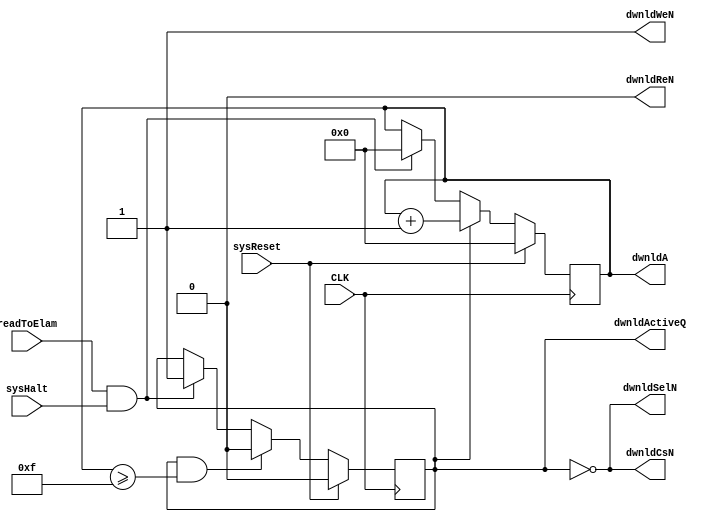
///////////////////////////////////////////////////////////////////
// Copyright (c) 2005, Cisco Systems, Inc.                         
// All Rights Reserved.                                            
//                                                                 
// This is UNPUBLISHED PROPRIETARY SOURCE CODE of Cisco Systems, Inc;
// the contents of this file may not be disclosed to third parties, copied or
// duplicated in any form, in whole or in part, without the prior written
// permission of Cisco Systems, Inc.                               
//                                                                 
// RESTRICTED RIGHTS LEGEND:                                       
// Use, duplication or disclosure by the Government is subject to restrictions
// as set forth in subdivision (c)(1)(ii) of the Rights in Technical Data
// and Computer Software clause at DFARS 252.227-7013, and/or in similar or
// successor clauses in the FAR, DOD or NASA FAR Supplement. Unpublished -
// rights reserved under the Copyright Laws of the United States.
//
////////////////////////////////////////////////////////////////////
//
//      CVS Header:     $Header: /auto/dsbu-asic-core/dglobal/MASTER/common/rtl/CapNewElamDownload.v,v 1.1 2013/01/31 03:10:12 abhasin2 Exp $
///////////////////////////////////////////////////////////////////

`timescale 1ns / 1ps

module CapNewElamDownload
#(
   parameter ADDRESS_WIDTH   = 4,
   parameter DEPTH           = 16, 
   parameter PROT_PHYS_WIDTH = 128
) (
   input  wire                       CLK,
   input  wire                       sysReset,

   input  wire                       readToElam,
   input  wire                       sysHalt,

   output reg                        dwnldActiveQ,

   output wire                       dwnldSelN,
   output wire                       dwnldCsN,
   output wire                       dwnldWeN,
   output wire [ADDRESS_WIDTH-1:0]   dwnldA,
   output wire                       dwnldReN
);

reg  [ADDRESS_WIDTH-1:0] addrCounterQ;
wire                     downloadStart;

always @(posedge CLK)
begin
   dwnldActiveQ <= (sysReset)                                    ? 1'b0 :
                   ( dwnldActiveQ & (addrCounterQ >= DEPTH-1) )  ? 1'b0 :
                   (downloadStart)                               ? 1'b1
                                                                 : dwnldActiveQ;

   addrCounterQ <= (sysReset)      ? {ADDRESS_WIDTH {1'b0}} :
                   (dwnldActiveQ)  ? addrCounterQ + { {(ADDRESS_WIDTH-1) {1'b0}}, 1'b1 } :
                   (downloadStart) ? {ADDRESS_WIDTH {1'b0}}
                                   : addrCounterQ;
end

assign downloadStart = readToElam & sysHalt;

assign dwnldSelN   =  ~dwnldActiveQ;
assign dwnldCsN    =  ~dwnldActiveQ;
assign dwnldWeN    =  1'b1;
assign dwnldA      =  addrCounterQ;      
assign dwnldReN    =  1'b0;

endmodule // CapNewElamDownload

//
// $Log: CapNewElamDownload.v,v $
// Revision 1.1  2013/01/31 03:10:12  abhasin2
// Adding files to dglobal used for memory instantiation in cray
//
// Revision 4.1  2012/03/13 22:25:42  rvish
// initial checkin for dopplerd with name changes. 4 tests fail in commit_regress - JtagDeviceIdJtagChipVTest, commitRtsCsmTestArray, PuzzleCoreEmulFlistTest and PlcResolutionBasicPlcTest
//
// Revision 4.0  2012/03/11 07:02:42  glambida
// Incrementing revision to 4.0
//
// Revision 3.1  2011/01/13 21:00:48  abbanerj
// global replace of doppler with dopplerd
//
// Revision 3.0  2011/01/13 19:53:21  abbanerj
// initial checkin for dopplerdcs.  start from version 3.0
//
// Revision 1.2  2009/04/15 20:53:20  gregries
// * rewrite of Cap wrappers (90%)
// * improved bursting scheme along with burst bug fixes
// * optimization of sup/hw arbitration and some flop savings
// * support of hwAtomic and hwPriorityOverride
// * support of bypassing to make accesses atomic
// * support of READ-CLEAR for statistics offload
// * registering of all signals before use by ELAM--DIN no longer going to
//   ELAM to avoid adding too many flops
// * fix of BIP bugs
// * addition of NO_HARDWARE_WRITES parameter to TCAMS and BCAMS to optimize
//   DIN timing in the case that sup is the only agent that writes
// * addition of CAP_DOUT_PIPE and CAP_DOUT_PIPE_CLOCK_GATE parameters to
//   add a pipe stage to DOUT in the Cap Wrapper (as opposed to inside the
//   generic memory) and then to optionally clock-gate that register to
//   change only when hardware reads (as opposed to sup reads).
//
//